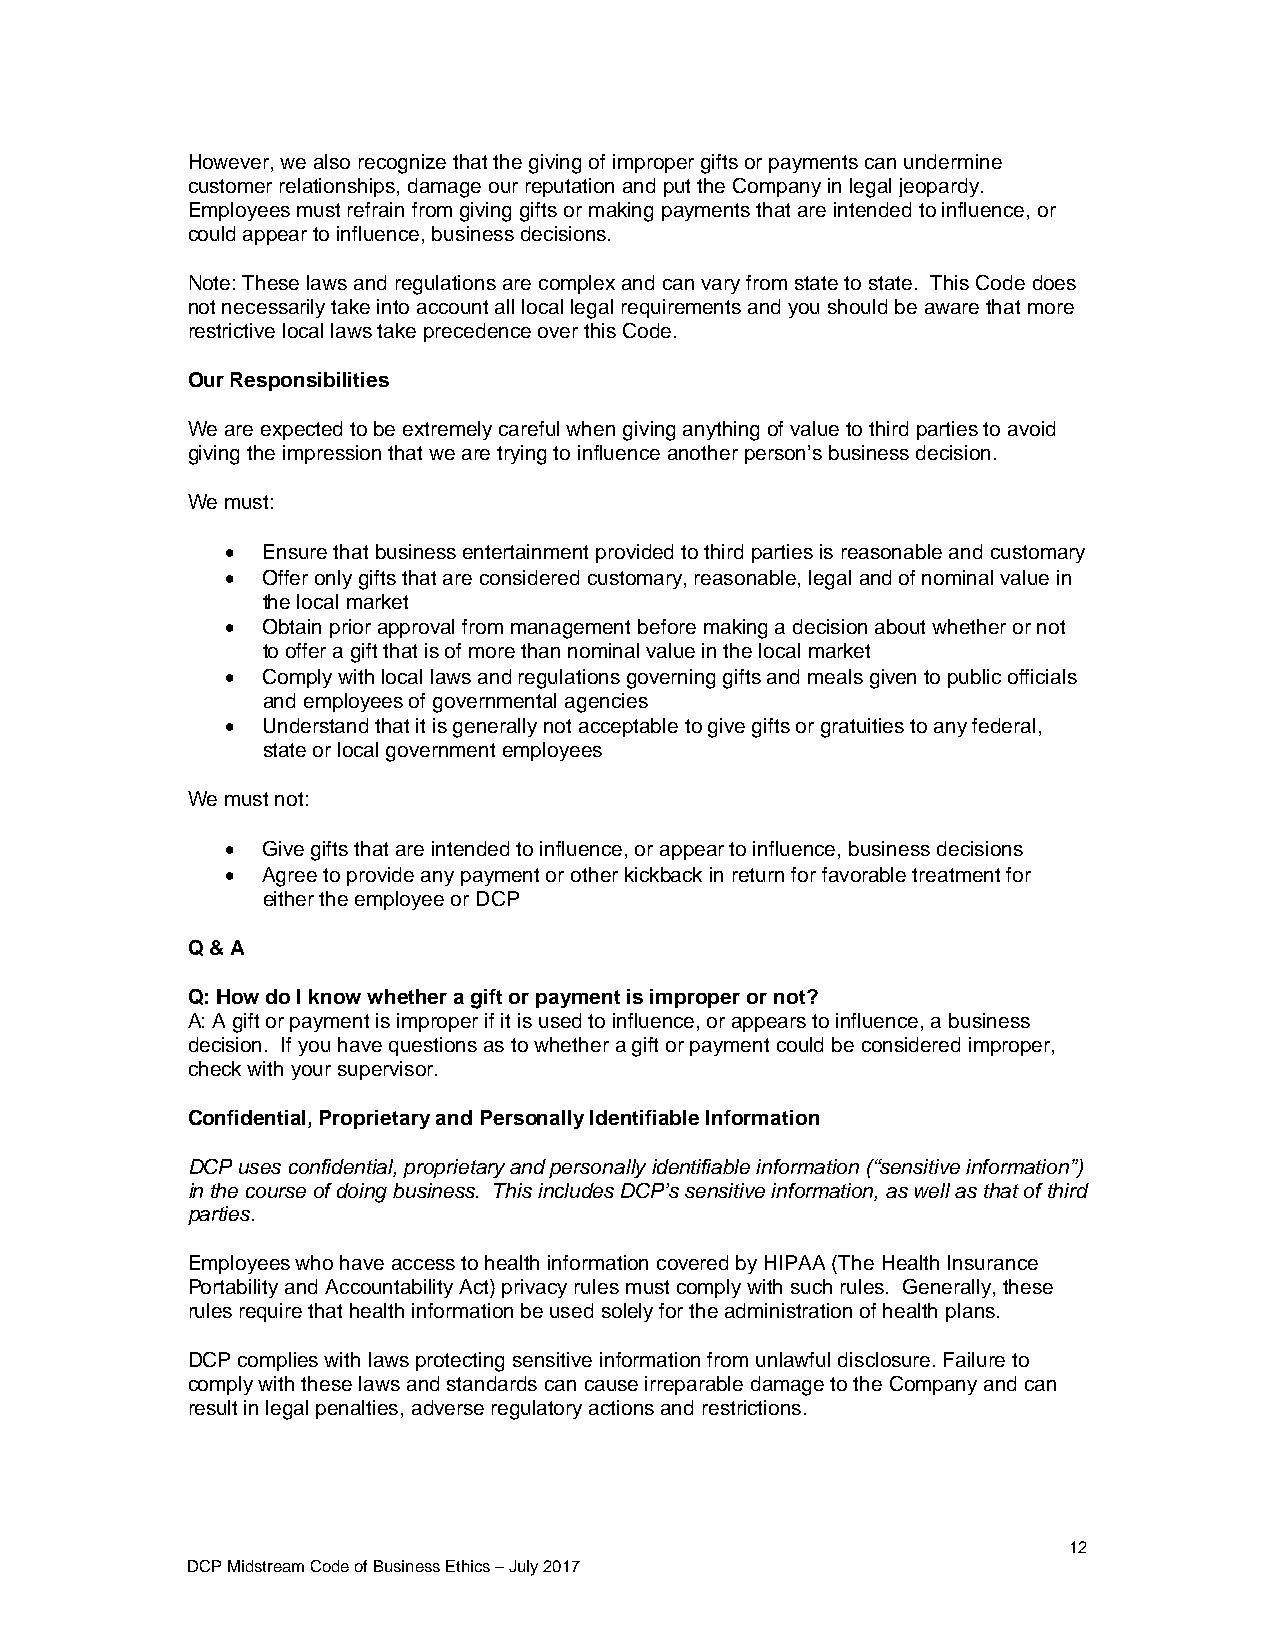
However, we also recognize that the giving of improper gifts or payments can undermine
 customer relationships, damage our reputation and put the Company in legal jeopardy.
 Employees must refrain from giving gifts or making payments that are intended to influence, or
 could appear to influence, business decisions.
 Note: These laws and regulations are complex and can vary from state to state. This Code does
 not necessarily take into account all local legal requirements and you should be aware that more
 restrictive local laws take precedence over this Code.
 Our Responsibilities
 We are expected to be extremely careful when giving anything of value to third parties to avoid
 giving the impression that we are trying to influence another person’s business decision.
 We must:
  Ensure that business entertainment provided to third parties is reasonable and customary
  Offer only gifts that are considered customary, reasonable, legal and of nominal value in
 the local market
  Obtain prior approval from management before making a decision about whether or not
 to offer a gift that is of more than nominal value in the local market
  Comply with local laws and regulations governing gifts and meals given to public officials
 and employees of governmental agencies
  Understand that it is generally not acceptable to give gifts or gratuities to any federal,
 state or local government employees
 We must not:
  Give gifts that are intended to influence, or appear to influence, business decisions
  Agree to provide any payment or other kickback in return for favorable treatment for
 either the employee or DCP
 Q & A
 Q: How do I know whether a gift or payment is improper or not?
 A: A gift or payment is improper if it is used to influence, or appears to influence, a business
 decision. If you have questions as to whether a gift or payment could be considered improper,
 check with your supervisor.
 Confidential, Proprietary and Personally Identifiable Information
 DCP uses confidential, proprietary and personally identifiable information (“sensitive information”)
 in the course of doing business. This includes DCP’s sensitive information, as well as that of third
 parties.
 Employees who have access to health information covered by HIPAA (The Health Insurance
 Portability and Accountability Act) privacy rules must comply with such rules. Generally, these
 rules require that health information be used solely for the administration of health plans.
 DCP complies with laws protecting sensitive information from unlawful disclosure. Failure to
 comply with these laws and standards can cause irreparable damage to the Company and can
 result in legal penalties, adverse regulatory actions and restrictions.
 12
 DCP Midstream Code of Business Ethics – July 2017